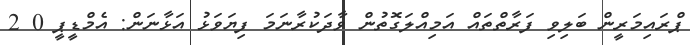
ޕްރައިމަރީން ބަލިވި ފަރާތްތައް އަމިއްލަގޮތުން ވާދަކުރާނަމަ ފިޔަވަޅު އަޅާނަން: އެމްޑީޕީ 0 2